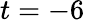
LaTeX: t=-6